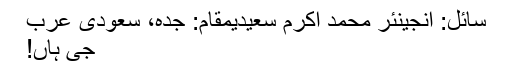
سائل: انجینئر محمد اکرم سعیدیمقام: جدہ، سعودی عرب
جی ہاں!